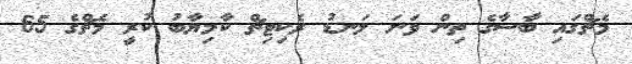
މެޗްގައި ބާސާގެ ތިން ވަނަ ލަނޑު ރެކިޓިޗް ކާމިޔާބު ކުރީ މެޗްގެ 65